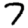
Digit: 7